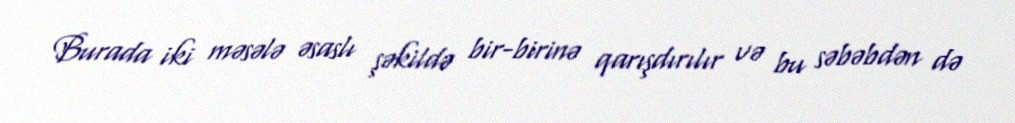
Burada iki məsələ əsaslı şəkildə bir-birinə qarışdırılır və bu səbəbdən də